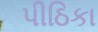
પીઠિકા